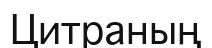
Цитраның